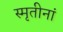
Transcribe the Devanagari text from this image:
स्मृतीनां